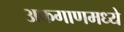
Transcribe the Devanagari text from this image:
अफगाणमध्ये